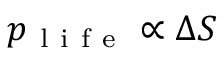
p _ { \mathrm { ~ l ~ i ~ f ~ e ~ } } \propto \Delta S